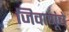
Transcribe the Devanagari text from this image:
जिवाणूंचे